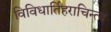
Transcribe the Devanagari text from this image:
विविधार्तिहराचिन्त्य